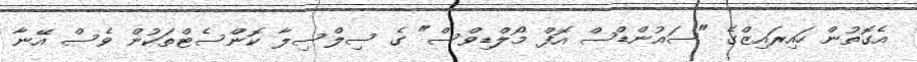
އެގޮތުން ހައިރައިޒްގެ "ސައުންޑްސް އޮފް މޯލްޑިވްސް" ގެ ސިލްސިލާ ކޮންސެޓްތަކުން ވެސް އޭނާ